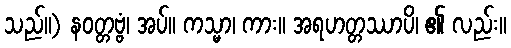
သည်။) နဝတ္တဗ္ဗံ၊ အပ်။ ကသ္မာ၊ ကား။ အရဟတ္တဿာပိ၊ ၏ လည်း။